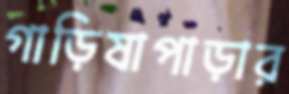
গাড়িষাপাড়ার